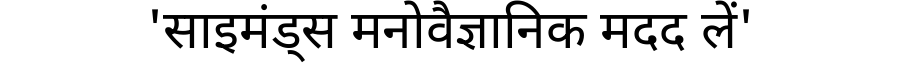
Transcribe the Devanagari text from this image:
'साइमंड्स मनोवैज्ञानिक मदद लें'